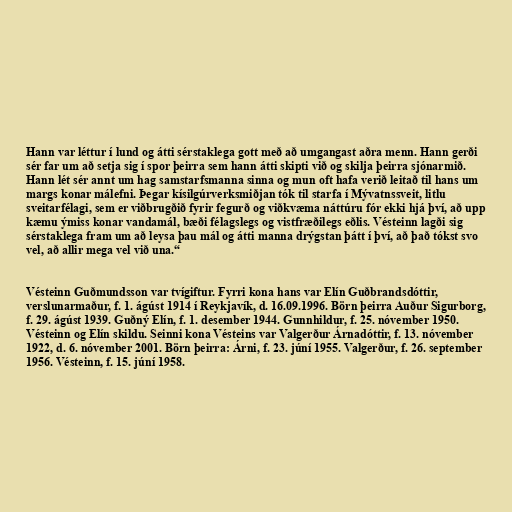
Hann var léttur í lund og átti sérstaklega gott með að umgangast aðra menn. Hann gerði
sér far um að setja sig í spor þeirra sem hann átti skipti við og skilja þeirra sjónarmið.
Hann lét sér annt um hag samstarfsmanna sinna og mun oft hafa verið leitað til hans um
margs konar málefni. Þegar kísilgúrverksmiðjan tók til starfa í Mývatnssveit, litlu
sveitarfélagi, sem er viðbrugðið fyrir fegurð og viðkvæma náttúru fór ekki hjá því, að upp
kæmu ýmiss konar vandamál, bæði félagslegs og vistfræðilegs eðlis. Vésteinn lagði sig
sérstaklega fram um að leysa þau mál og átti manna drýgstan þátt í því, að það tókst svo
vel, að allir mega vel við una.“

Vésteinn Guðmundsson var tvígiftur. Fyrri kona hans var Elín Guðbrandsdóttir,
verslunarmaður, f. 1. ágúst 1914 í Reykjavík, d. 16.09.1996. Börn þeirra Auður Sigurborg,
f. 29. ágúst 1939. Guðný Elín, f. 1. desember 1944. Gunnhildur, f. 25. nóvember 1950.
Vésteinn og Elín skildu. Seinni kona Vésteins var Valgerður Árnadóttir, f. 13. nóvember
1922, d. 6. nóvember 2001. Börn þeirra: Árni, f. 23. júní 1955. Valgerður, f. 26. september
1956. Vésteinn, f. 15. júní 1958.